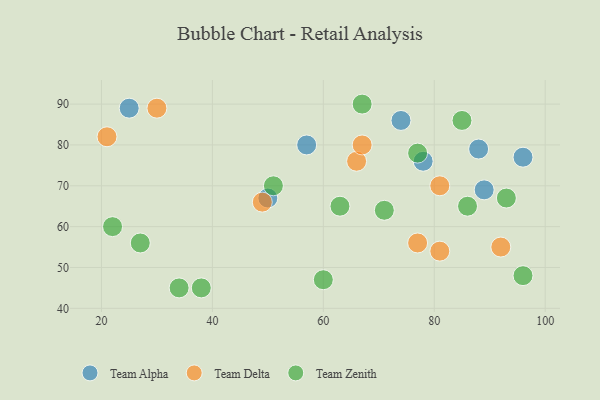
{"axis": {"x": "GDP", "y": "Life Expectancy"}, "legend": ["Team Alpha", "Team Delta", "Team Zenith"], "data": [{"x": "50", "y": 67, "type": "Team Alpha"}, {"x": "78", "y": 76, "type": "Team Alpha"}, {"x": "88", "y": 79, "type": "Team Alpha"}, {"x": "25", "y": 89, "type": "Team Alpha"}, {"x": "89", "y": 69, "type": "Team Alpha"}, {"x": "57", "y": 80, "type": "Team Alpha"}, {"x": "96", "y": 77, "type": "Team Alpha"}, {"x": "74", "y": 86, "type": "Team Alpha"}, {"x": "92", "y": 55, "type": "Team Delta"}, {"x": "81", "y": 54, "type": "Team Delta"}, {"x": "49", "y": 66, "type": "Team Delta"}, {"x": "77", "y": 56, "type": "Team Delta"}, {"x": "81", "y": 70, "type": "Team Delta"}, {"x": "66", "y": 76, "type": "Team Delta"}, {"x": "30", "y": 89, "type": "Team Delta"}, {"x": "21", "y": 82, "type": "Team Delta"}, {"x": "67", "y": 80, "type": "Team Delta"}, {"x": "77", "y": 78, "type": "Team Zenith"}, {"x": "71", "y": 64, "type": "Team Zenith"}, {"x": "51", "y": 70, "type": "Team Zenith"}, {"x": "27", "y": 56, "type": "Team Zenith"}, {"x": "60", "y": 47, "type": "Team Zenith"}, {"x": "96", "y": 48, "type": "Team Zenith"}, {"x": "67", "y": 90, "type": "Team Zenith"}, {"x": "93", "y": 67, "type": "Team Zenith"}, {"x": "85", "y": 86, "type": "Team Zenith"}, {"x": "86", "y": 65, "type": "Team Zenith"}, {"x": "38", "y": 45, "type": "Team Zenith"}, {"x": "34", "y": 45, "type": "Team Zenith"}, {"x": "22", "y": 60, "type": "Team Zenith"}, {"x": "63", "y": 65, "type": "Team Zenith"}]}